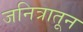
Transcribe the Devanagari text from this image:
जनित्रातून